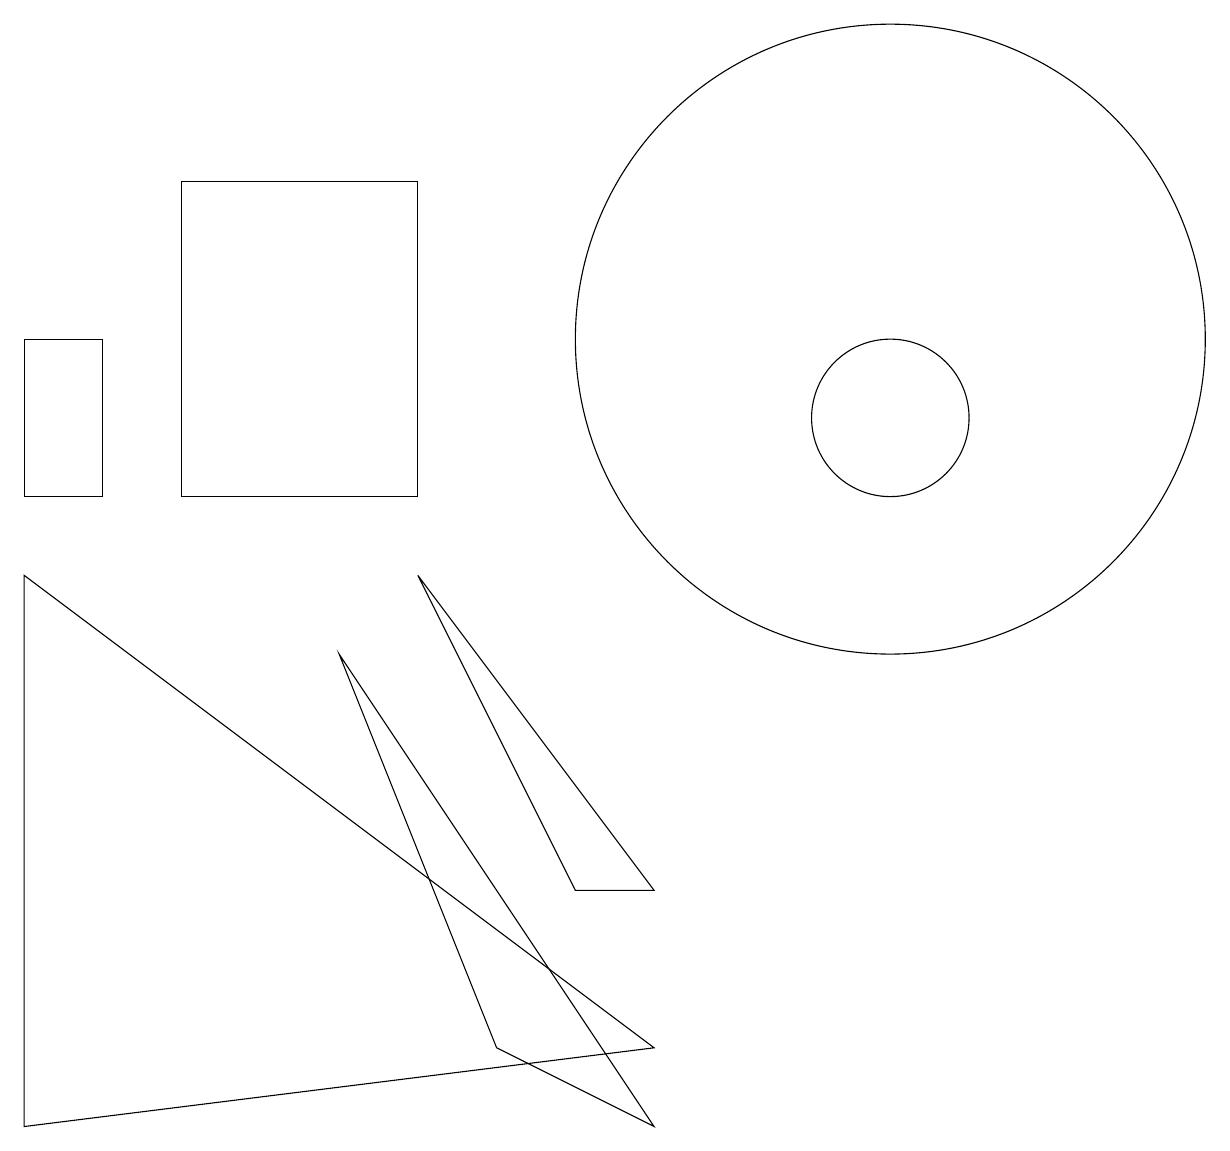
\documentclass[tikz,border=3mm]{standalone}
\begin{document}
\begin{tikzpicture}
\draw (6,3) -- (8,2) -- (4,8) -- cycle;
\draw (8,3) -- (0,9) -- (0,2) -- cycle;
\draw (11,11) circle (1);
\draw (2,14) rectangle (5,10);
\draw (11,12) circle (4);
\draw (5,9) -- (8,5) -- (7,5) -- cycle;
\draw (0,12) rectangle (1,10);
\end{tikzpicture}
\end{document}